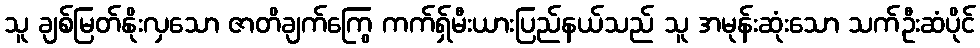
သူ ချစ်မြတ်နိုးလှသော ဇာတိချက်ကြွေ ကက်ရှ်မီးယားပြည်နယ်သည် သူ အမုန်းဆုံးသော သက်ဦးဆံပိုင်